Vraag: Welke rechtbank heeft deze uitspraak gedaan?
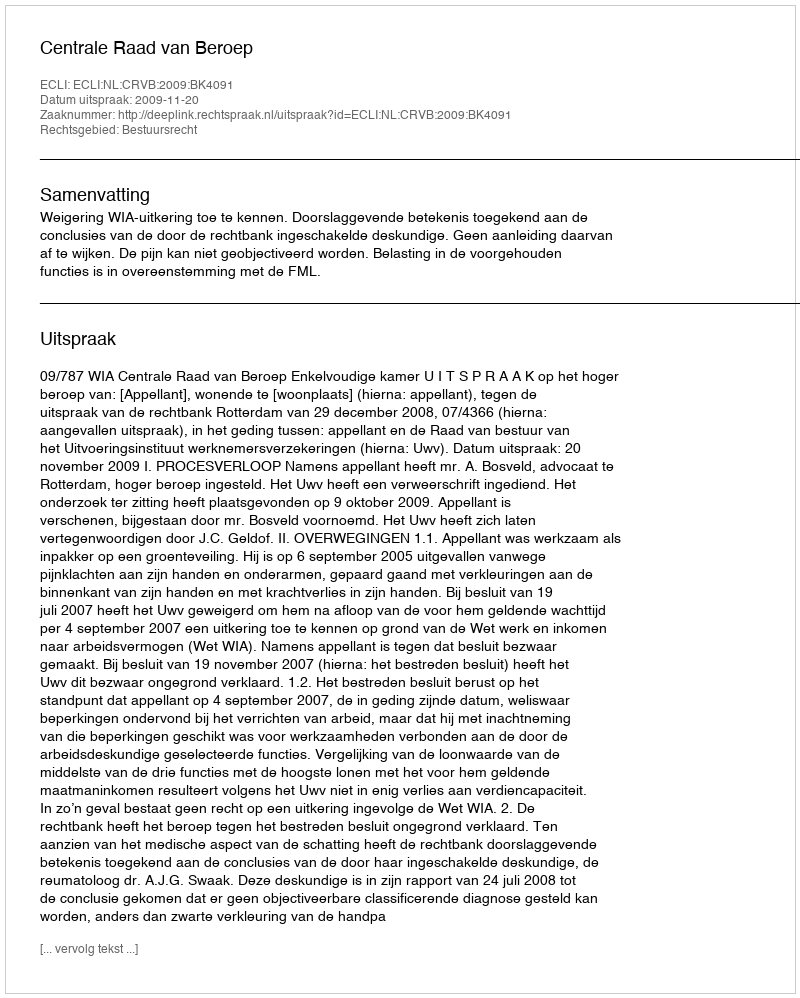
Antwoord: Centrale Raad van Beroep